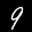
Label: 9